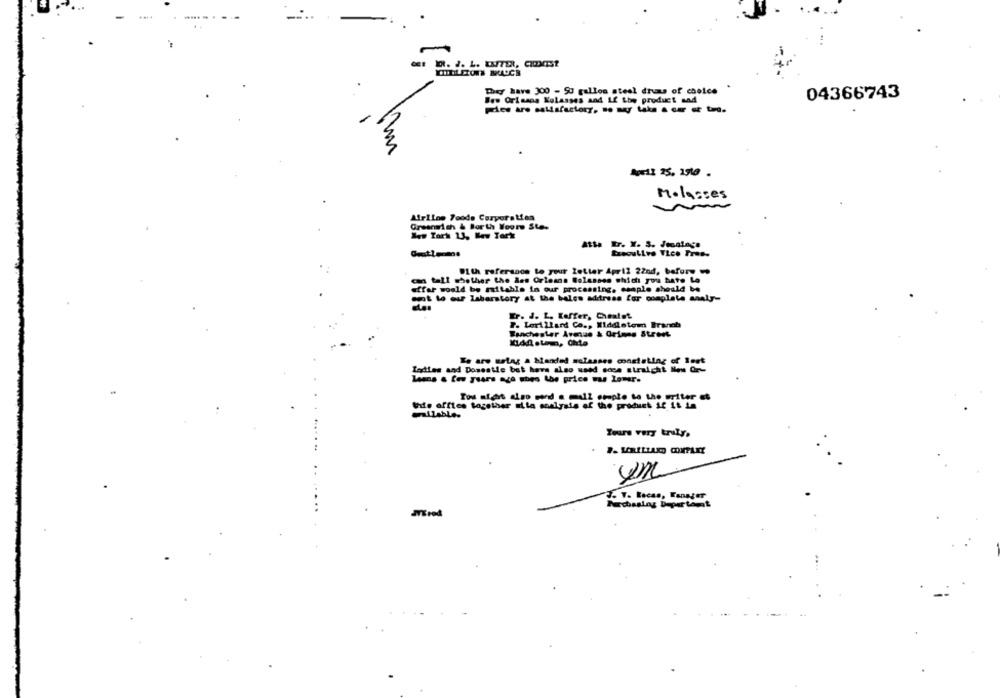
They have 300 - 50 gallon steel drums of choice
04366743
Wow Orisans Kolasses and If the product and
-
Molasces
Airline Foods Corporation
Greenwich & Borth Youre Stes
14. Tark 13, New Torte
atta Er. Y. S. Joantage
Executive Vice Pres-
With reference to your Zetter April 22nd, before
can tall whether the des Orleans Bolassss which you hate La
offar would be mitable in our processing, comple should be
wat to our laboratory at the bales adress for complete analy-
Er. J. L. Koffer, Chalet
F. Lerilland Co ., Middletem Branch
Wenchester Avmus & Grimms Street
Te are metag & blended molasses constatlag of lest
Ladies and Domestie bat have also used scen straight New Or-
lems & ten years ago when the price was lomer.
Tou sichrt also send a mull emplo to the writer et
the office together aita analysis of the product if it La
Tours very truly.
P. VRILLAC COMPANY
J. V. Lecas, Fanager
Purchasing Deper tomat
Med